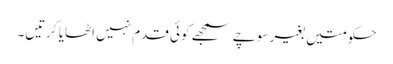
حکومتیں بغیر سوچے سمجھے کوئی قدم نہیں اٹھایا کرتیں۔